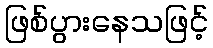
ဖြစ်ပွားနေသဖြင့်